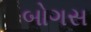
બોગસ